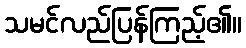
သမင်လည်ပြန်ကြည့်၏။